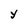
Character: Y